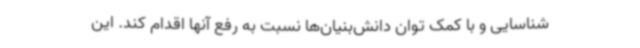
شناسایی و با کمک توان دانش‌بنیان‌ها نسبت به رفع آنها اقدام کند. این